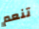
تنعم